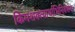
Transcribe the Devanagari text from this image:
किमशक्त्यार्थाभिनिवेशेन।